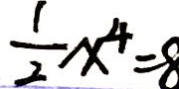
\frac { 1 } { 2 } x ^ { 4 } = 8